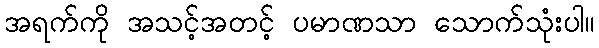
အရက်ကို အသင့်အတင့် ပမာဏသာ သောက်သုံးပါ။